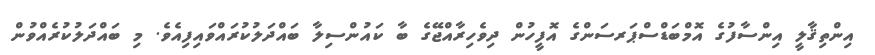
އިންތިޤާލީ އިންސާފުގެ އޮމްބަޑްސްޕަރސަންގެ އޮފީހުން ދިވެހިރާއްޖޭގެ ބާ ކައުންސިލާ ބައްދަލުކުރައްވައިފިއެވެ. މި ބައްދަލުކުރެއްވުން